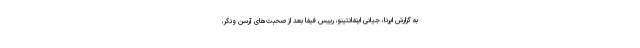
به گزارش ایرنا، جیانی اینفانتینو، رییس فیفا بعد از صحبت‌های آرسن ونگر،